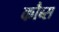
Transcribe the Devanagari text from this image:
कौब्स